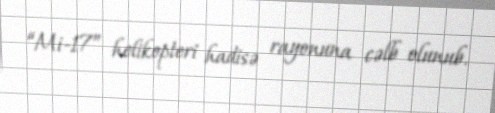
“Mi-17” helikopteri hadisə rayonuna cəlb olunub.